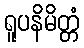
ရူပနိမိတ္တံ